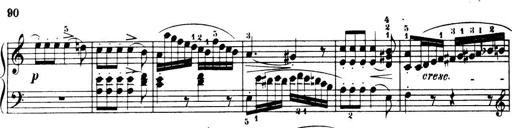
Title: 32 Sonatinas and Rondos for the Piano
Composer: Richard Kleinmichel